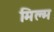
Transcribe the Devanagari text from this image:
मिल्म